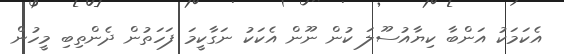
އެކަމަކު އަންބާ ކިޔާއުސޫލަ ކުން ނޫން އެކަކު ނަގާކީމަ ފަހަތުން ދެންތިބި މީހުން